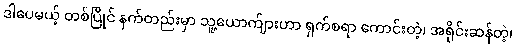
ဒါပေမယ့် တစ်ပြိုင် နက်တည်းမှာ သူ့ယောက်ျားဟာ ရှက်စရာ ကောင်းတဲ့၊ အရိုင်းဆန်တဲ့၊